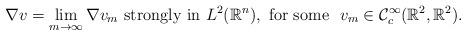
LaTeX: \begin{align*}\nabla v = \lim_{m\to\infty}\nabla v_m\mbox{ strongly in } L^2(\mathbb{R}^n),\mbox{ for some } ~ v_m \in \mathcal{C}_c^\infty(\mathbb{R}^2,\mathbb{R}^2).\end{align*}